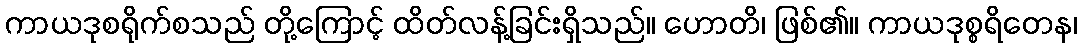
ကာယဒုစရိုက်စသည် တို့ကြောင့် ထိတ်လန့်ခြင်းရှိသည်။ ဟောတိ၊ ဖြစ်၏။ ကာယဒုစ္စရိတေန၊